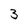
Character: 3